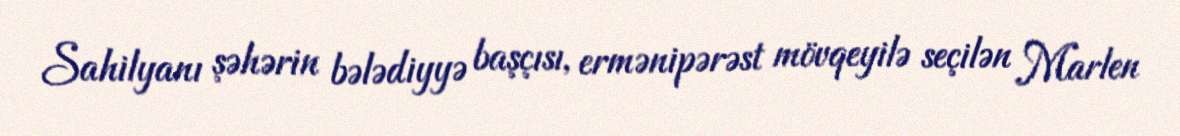
Sahilyanı şəhərin bələdiyyə başçısı, ermənipərəst mövqeyilə seçilən Marlen